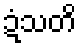
ဍံသတိ